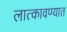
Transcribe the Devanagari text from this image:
लात्कावण्यात